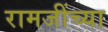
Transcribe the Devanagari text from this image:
रामजींच्या